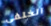
الخلفى